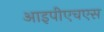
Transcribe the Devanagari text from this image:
आइपीएचएस